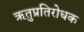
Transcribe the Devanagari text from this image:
ऋतुप्रतिरोधक